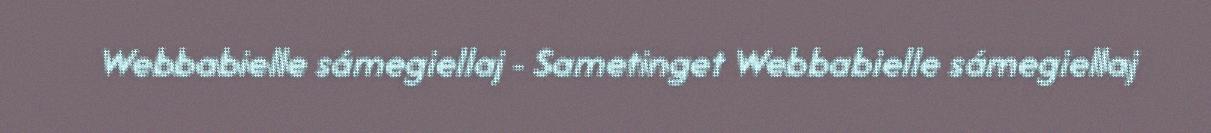
Webbabielle sámegiellaj - Sametinget Webbabielle sámegiellaj